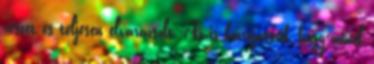
részét és teljesen elvarázsolt. Az is közrejátszik, hogy minél